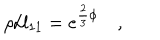
LaTeX: \rho / l _ { 1 1 } = e ^ { \frac { 2 } { 3 } \phi } \quad ,